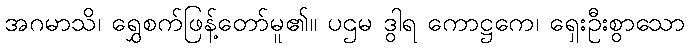
အဂမာသိ၊ ရွှေစက်ဖြန့်တော်မူ၏။ ပဌမ ဒွါရ ကောဋ္ဌကေ၊ ရှေးဦးစွာသော